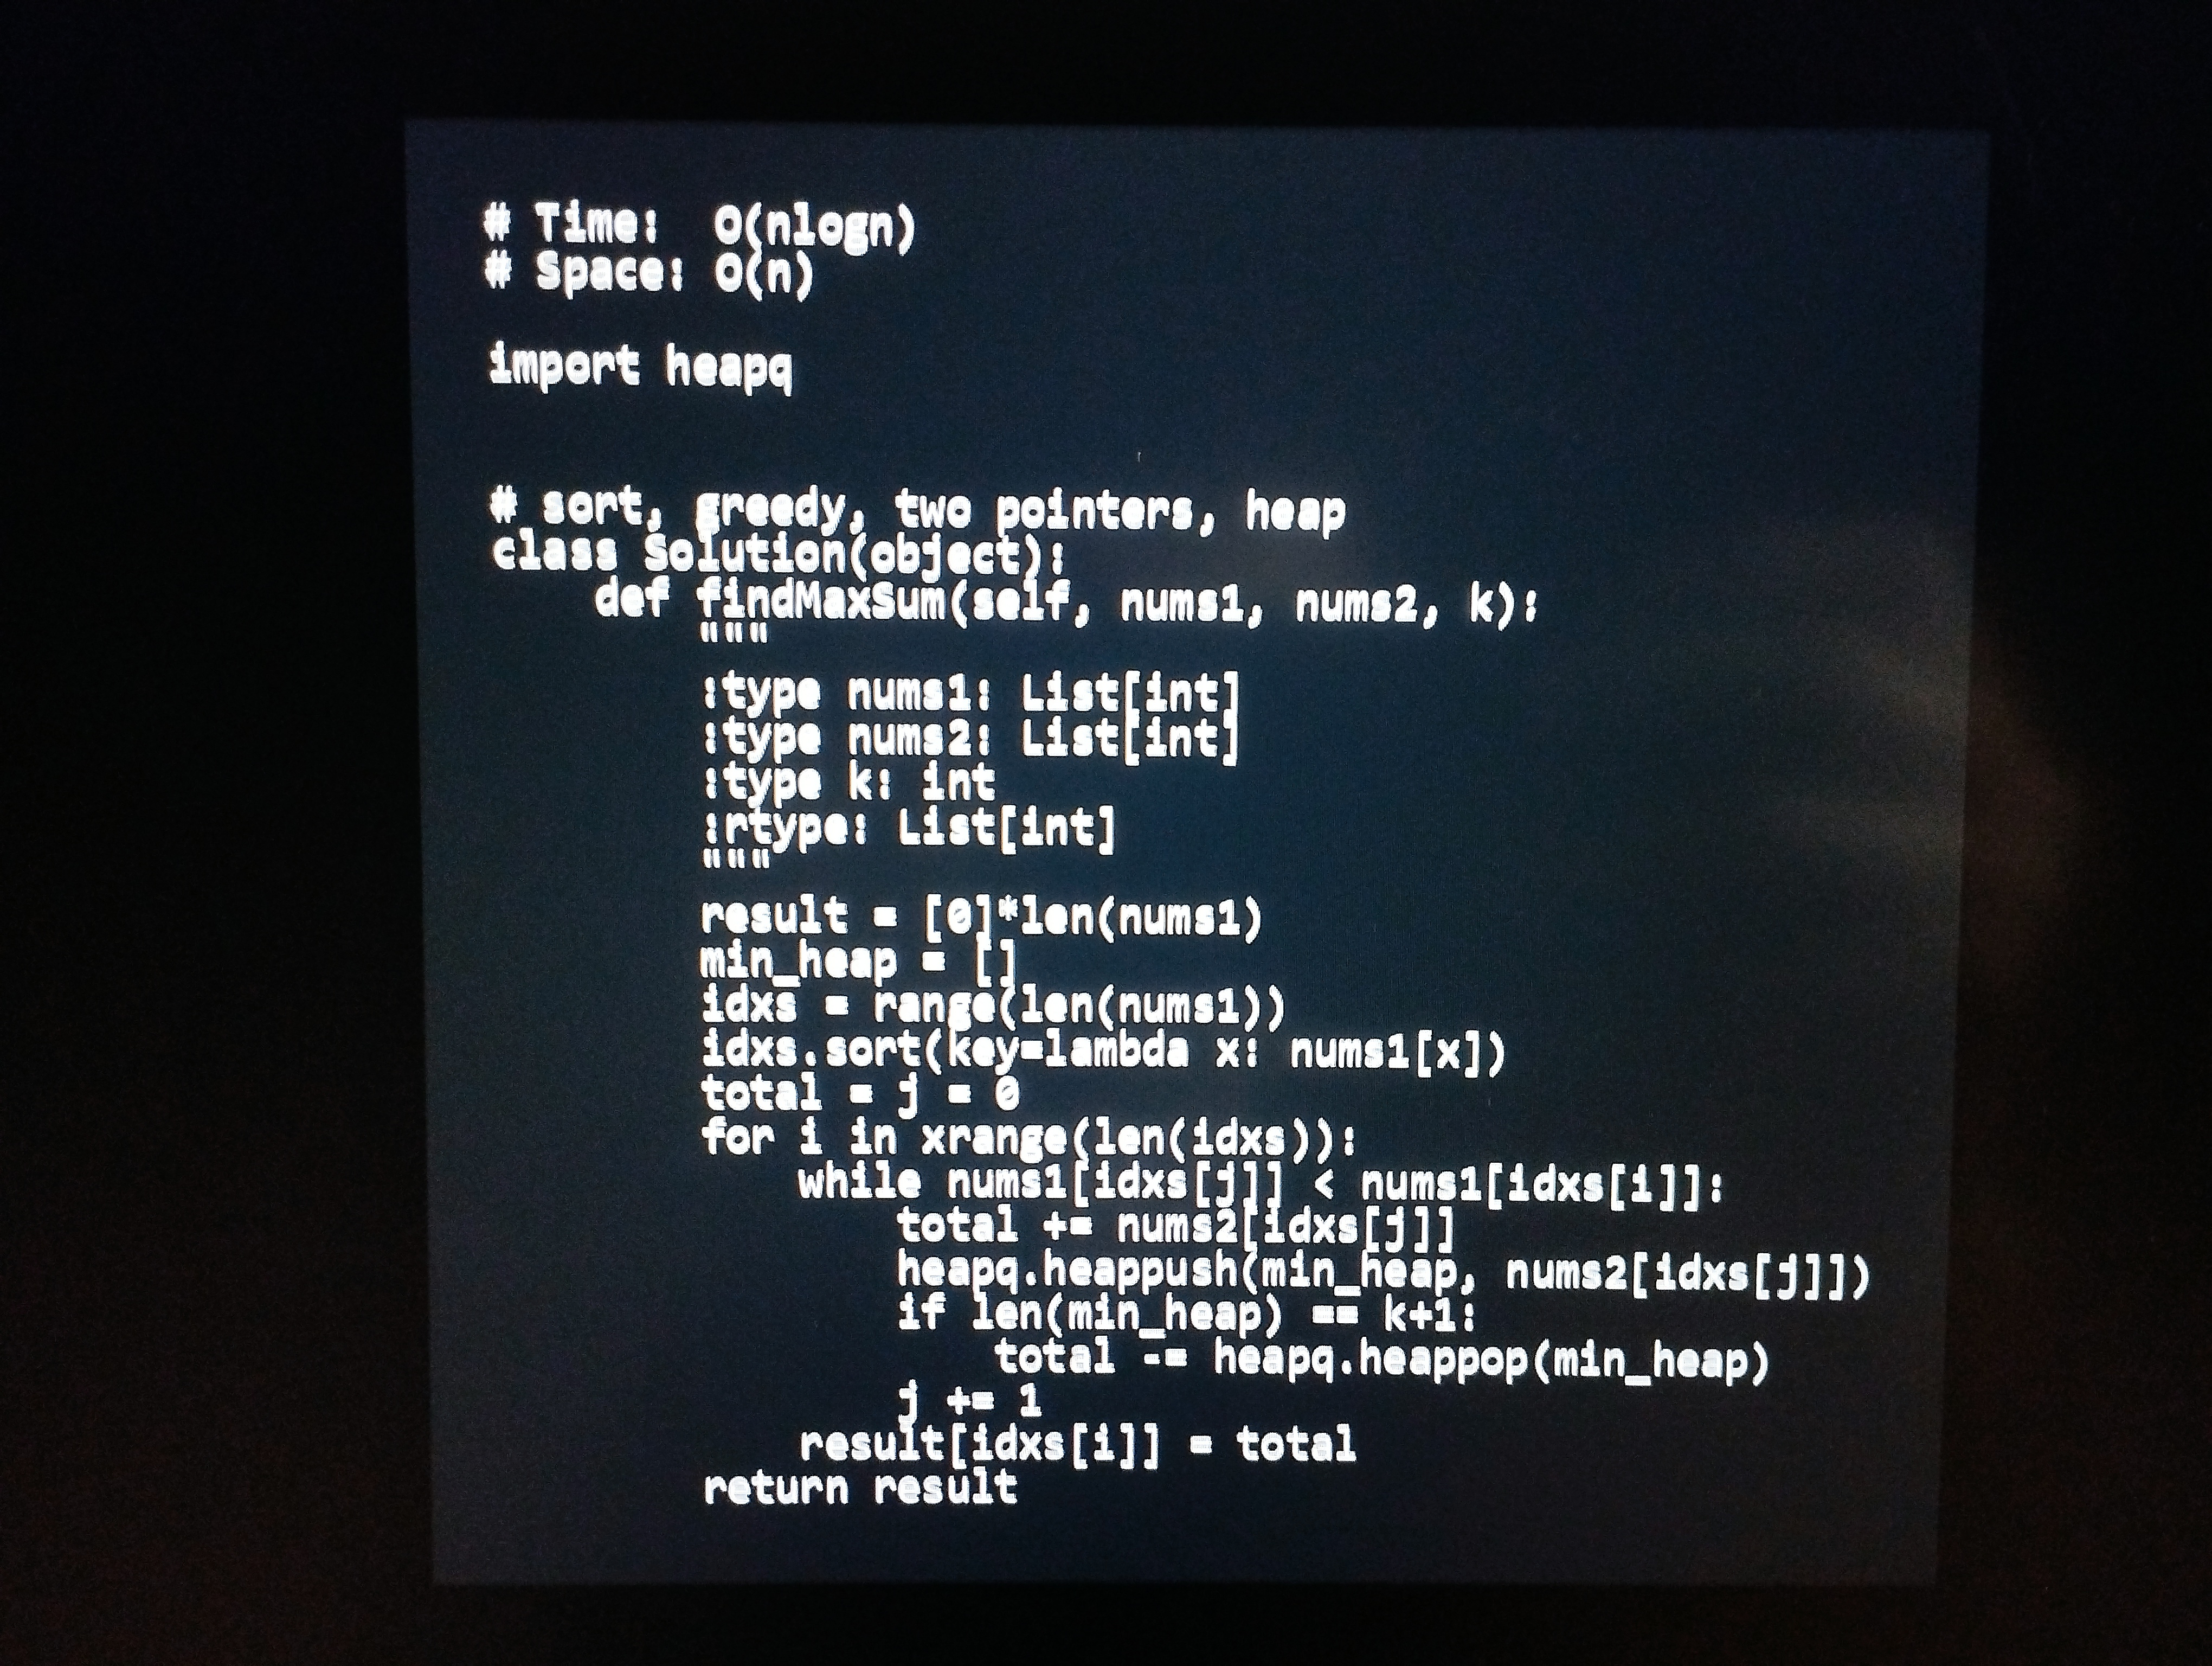
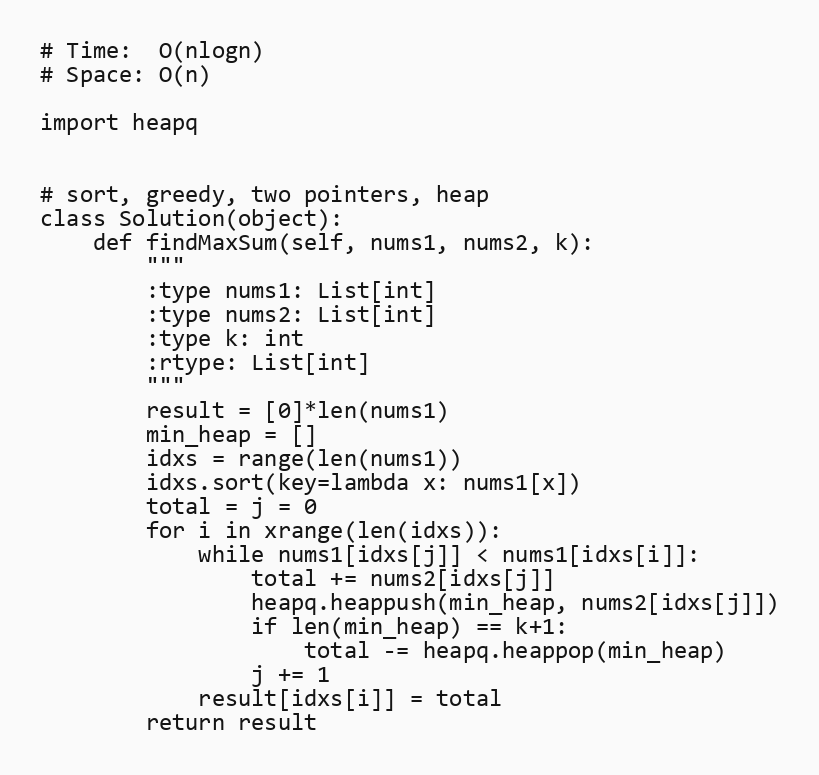
# Time:  O(nlogn)
# Space: O(n)

import heapq

# sort, greedy, two pointers, heap
class Solution(object):
    def findMaxSum(self, nums1, nums2, k):
        """
        :type nums1: List[int]
        :type nums2: List[int]
        :type k: int
        :rtype: List[int]
        """
        result = [0]*len(nums1)
        min_heap = []
        idxs = range(len(nums1))
        idxs.sort(key=lambda x: nums1[x])
        total = j = 0
        for i in xrange(len(idxs)):
            while nums1[idxs[j]] < nums1[idxs[i]]:
                total += nums2[idxs[j]]
                heapq.heappush(min_heap, nums2[idxs[j]])
                if len(min_heap) == k+1:
                    total -= heapq.heappop(min_heap)
                j += 1
            result[idxs[i]] = total
        return result